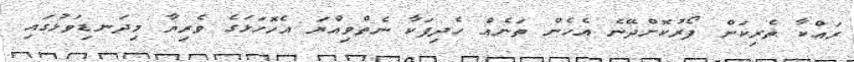
ރައްކާ ތެރިކަން ފޯރުކޮށްދޭނެ އެހެން ތަނެއް ހެދިފަކާ ނެތްވިއްޔަ އެހޮހަޅަގެ ވެރިޔާ މިދަނޑިވަޅުގައި